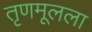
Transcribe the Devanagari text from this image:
तृणमूलला